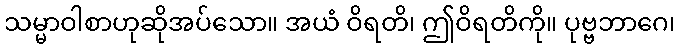
သမ္မာဝါစာဟုဆိုအပ်သော။ အယံ ဝိရတိ၊ ဤဝိရတိကို။ ပုဗ္ဗဘာဂေ၊